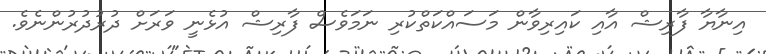
އިނާޔާ ފާރިޝް އާއި ކައިރިވާން މަސައްކަތްކުރި ނަމަވެސް ފާރިޝް އުޅެނީ ވަރަށް ދުރުދުރުންނެވެ.